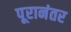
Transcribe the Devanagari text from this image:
पूरानंतर